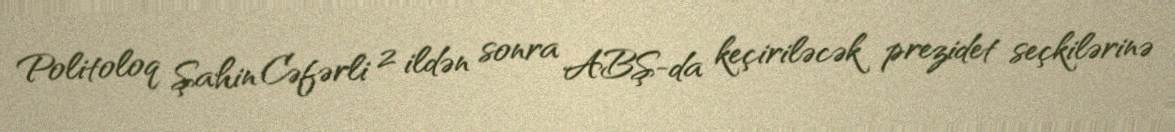
Politoloq Şahin Cəfərli 2 ildən sonra ABŞ-da keçiriləcək prezidet seçkilərinə